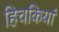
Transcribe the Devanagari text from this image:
हिचकियां